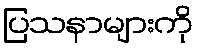
ပြသနာများကို